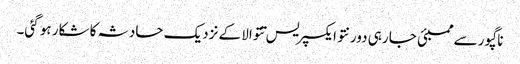
ناگپور سے ممبئی جا رہی دورنتو ایکسپریس تتوالا کے نزدیک حادثہ کا شکار ہو گئی۔